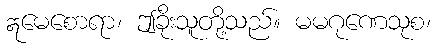
ဣမေစောရာ၊ ဤခိုးသူတို့သည်။ မမဂုဏေသုစ၊